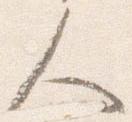
人